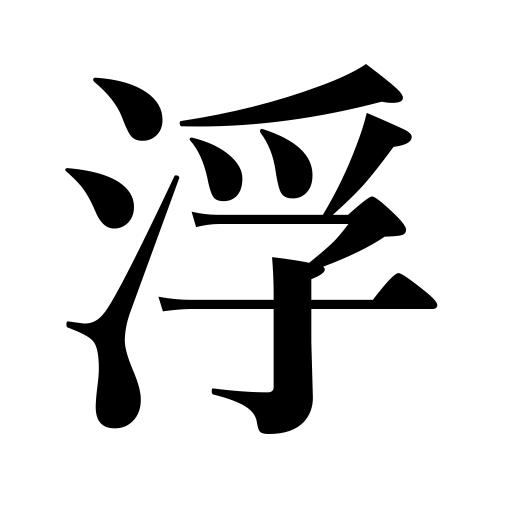
Meanings: be cheered up,float,be set on edge,sail a toy ship,go on a spree,occur to,play about the lips,launch,express feelings in the face,rise in the world,rise to the surface,be floated,be in high spirits,be saved,be left over,rest in peace,flit across the face,waft,surface,feel loose teeth,recall,as a smile,refloat